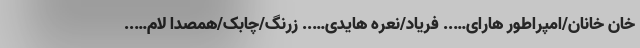
خان خانان/امپراطور هارای….. فریاد/نعره هایدی….. زرنگ/چابک/همصدا لام…..